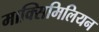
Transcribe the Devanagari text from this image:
माक्सिमिलियन